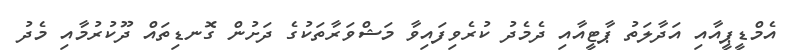
އެމްޑީޕީއާއި އަދާލަތު ޕާޓީއާއި ދެމެދު ކުރެވިފައިވާ މަޝްވަރާތަކުގެ ދަށުން ގޮނޑިތައް ދޫކުރުމާއި މެދު